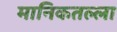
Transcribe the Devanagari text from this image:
मानिकतल्ला